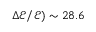
\Delta \mathcal { E } / \mathcal { E } ) \sim 2 8 . 6 \